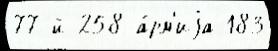
77-й 258 а́рм'иjа 183